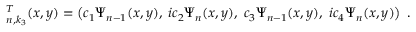
{ \bf \Psi } _ { n , k _ { 3 } } ^ { T } ( x , y ) = \left( c _ { 1 } \Psi _ { n - 1 } ( x , y ) , \; i c _ { 2 } \Psi _ { n } ( x , y ) , \; c _ { 3 } \Psi _ { n - 1 } ( x , y ) , \; i c _ { 4 } \Psi _ { n } ( x , y ) \right) \; .